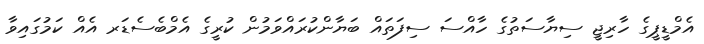
އެމްޑީޕީގެ ހާރިޖީ ސިޔާސަތުގެ ހާއްސަ ސިފަތައް ބަޔާންކުރައްވަމުން ކުރީގެ އެމްބެސެޑަރ އެއް ކަމުގައިވާ